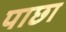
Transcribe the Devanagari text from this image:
पाछा